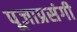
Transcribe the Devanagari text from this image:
पूजाप्रसंगी